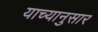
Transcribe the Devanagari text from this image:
याच्यानुसार